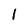
Character: l